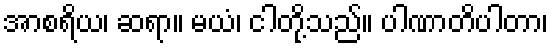
အာစရိယ၊ ဆရာ။ မယံ၊ ငါတို့သည်။ ပါဏာတိပါတာ၊